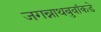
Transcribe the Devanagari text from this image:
जगन्नाथबुवांकडे